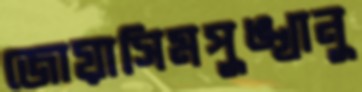
জোয়াসিমপুঙ্খানু